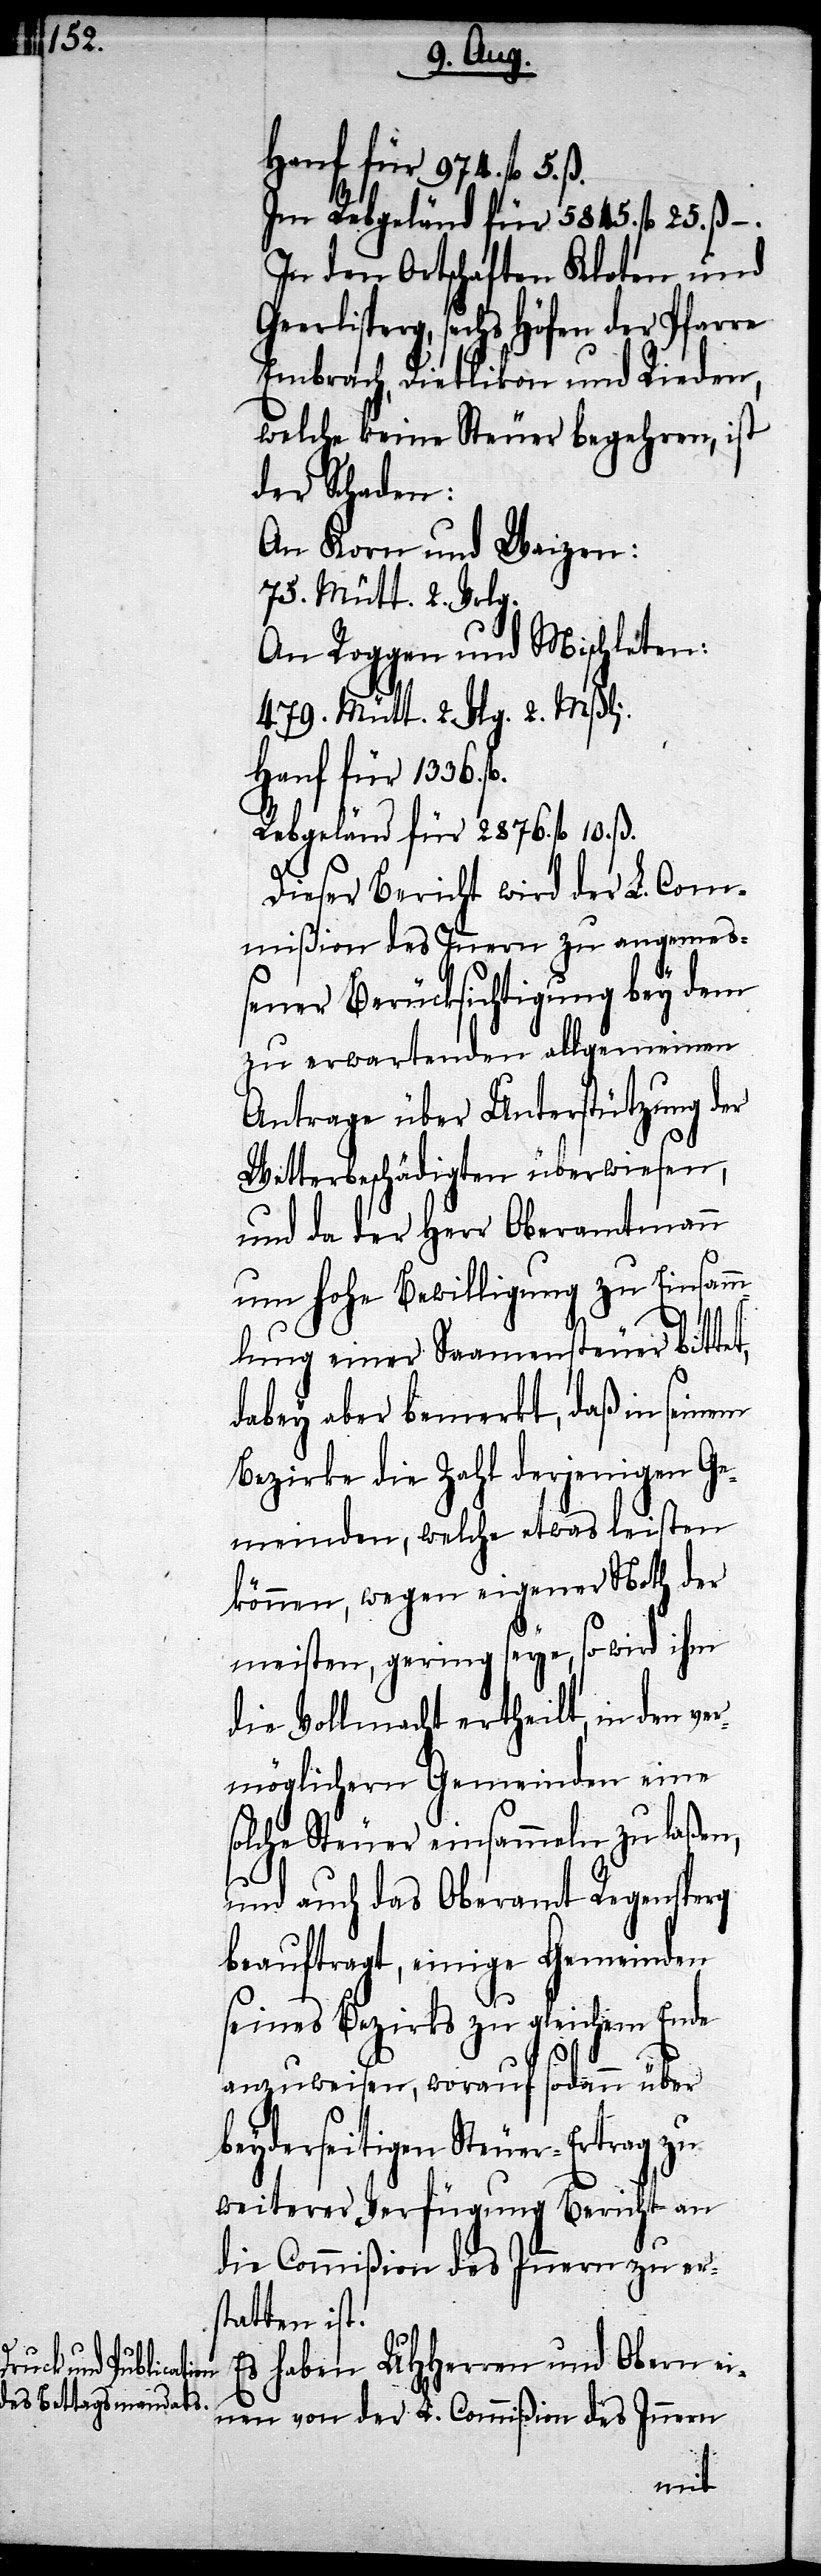
sechs Höfen der

Hanf für 974. fl. 5. ß.
Im Rebgeländ für 5845. fl. 25. ß –.
In den Ortschaften Kloten und
Embrach, Dietlikon und Rieden,
welche keine Steuer begehren, ist
der Schaden:
An Korn und Weizen:
75. Mütt. 2. Vrlg.
An Roggen und Mischleten:
479. Mütt 2. Vlg. 2. Mßli.
Hanf für 1336.
Rebgeländ für 2876. fl. 10. ß.
Dieser Bericht wird der L. Com¬
mißion des Innern zu angeme¬
ßener Berücksichtigung bey dem
zu erwartenden allgemeinen
Antrage über Unterstützung der
Wetterbeschädigten überwiesen,
und da der Herr Oberamtmann
um hohe Bewilligung zu Einsamm¬
lung einer Saamensteuer bittet,
dabey aber bemerkt, daß in seinem
Bezirke die Zahl derjenigen Ge¬
meinden, welche etwas leisten
können, wegen eigener Noth der
meisten, gering seye, so wird ihm
die Vollmacht ertheilt, in den ver¬
möglichern Gemeinden eine
solche Steuer einsammeln zu laßen,
und auch das Oberamt Regensperg
beauftragt, einige Gemeinden
seines Bezirks zu gleichem Ende
anzuweisen, worauf sodann über
beyderseitigen Steuer-Ertrag zu
weiterer Verfügung Bericht an
die Commißion des Innern zu ers¬
tatten ist.
Es haben UHHerren und Obern ei¬
nen von der L. Commißion des Innern